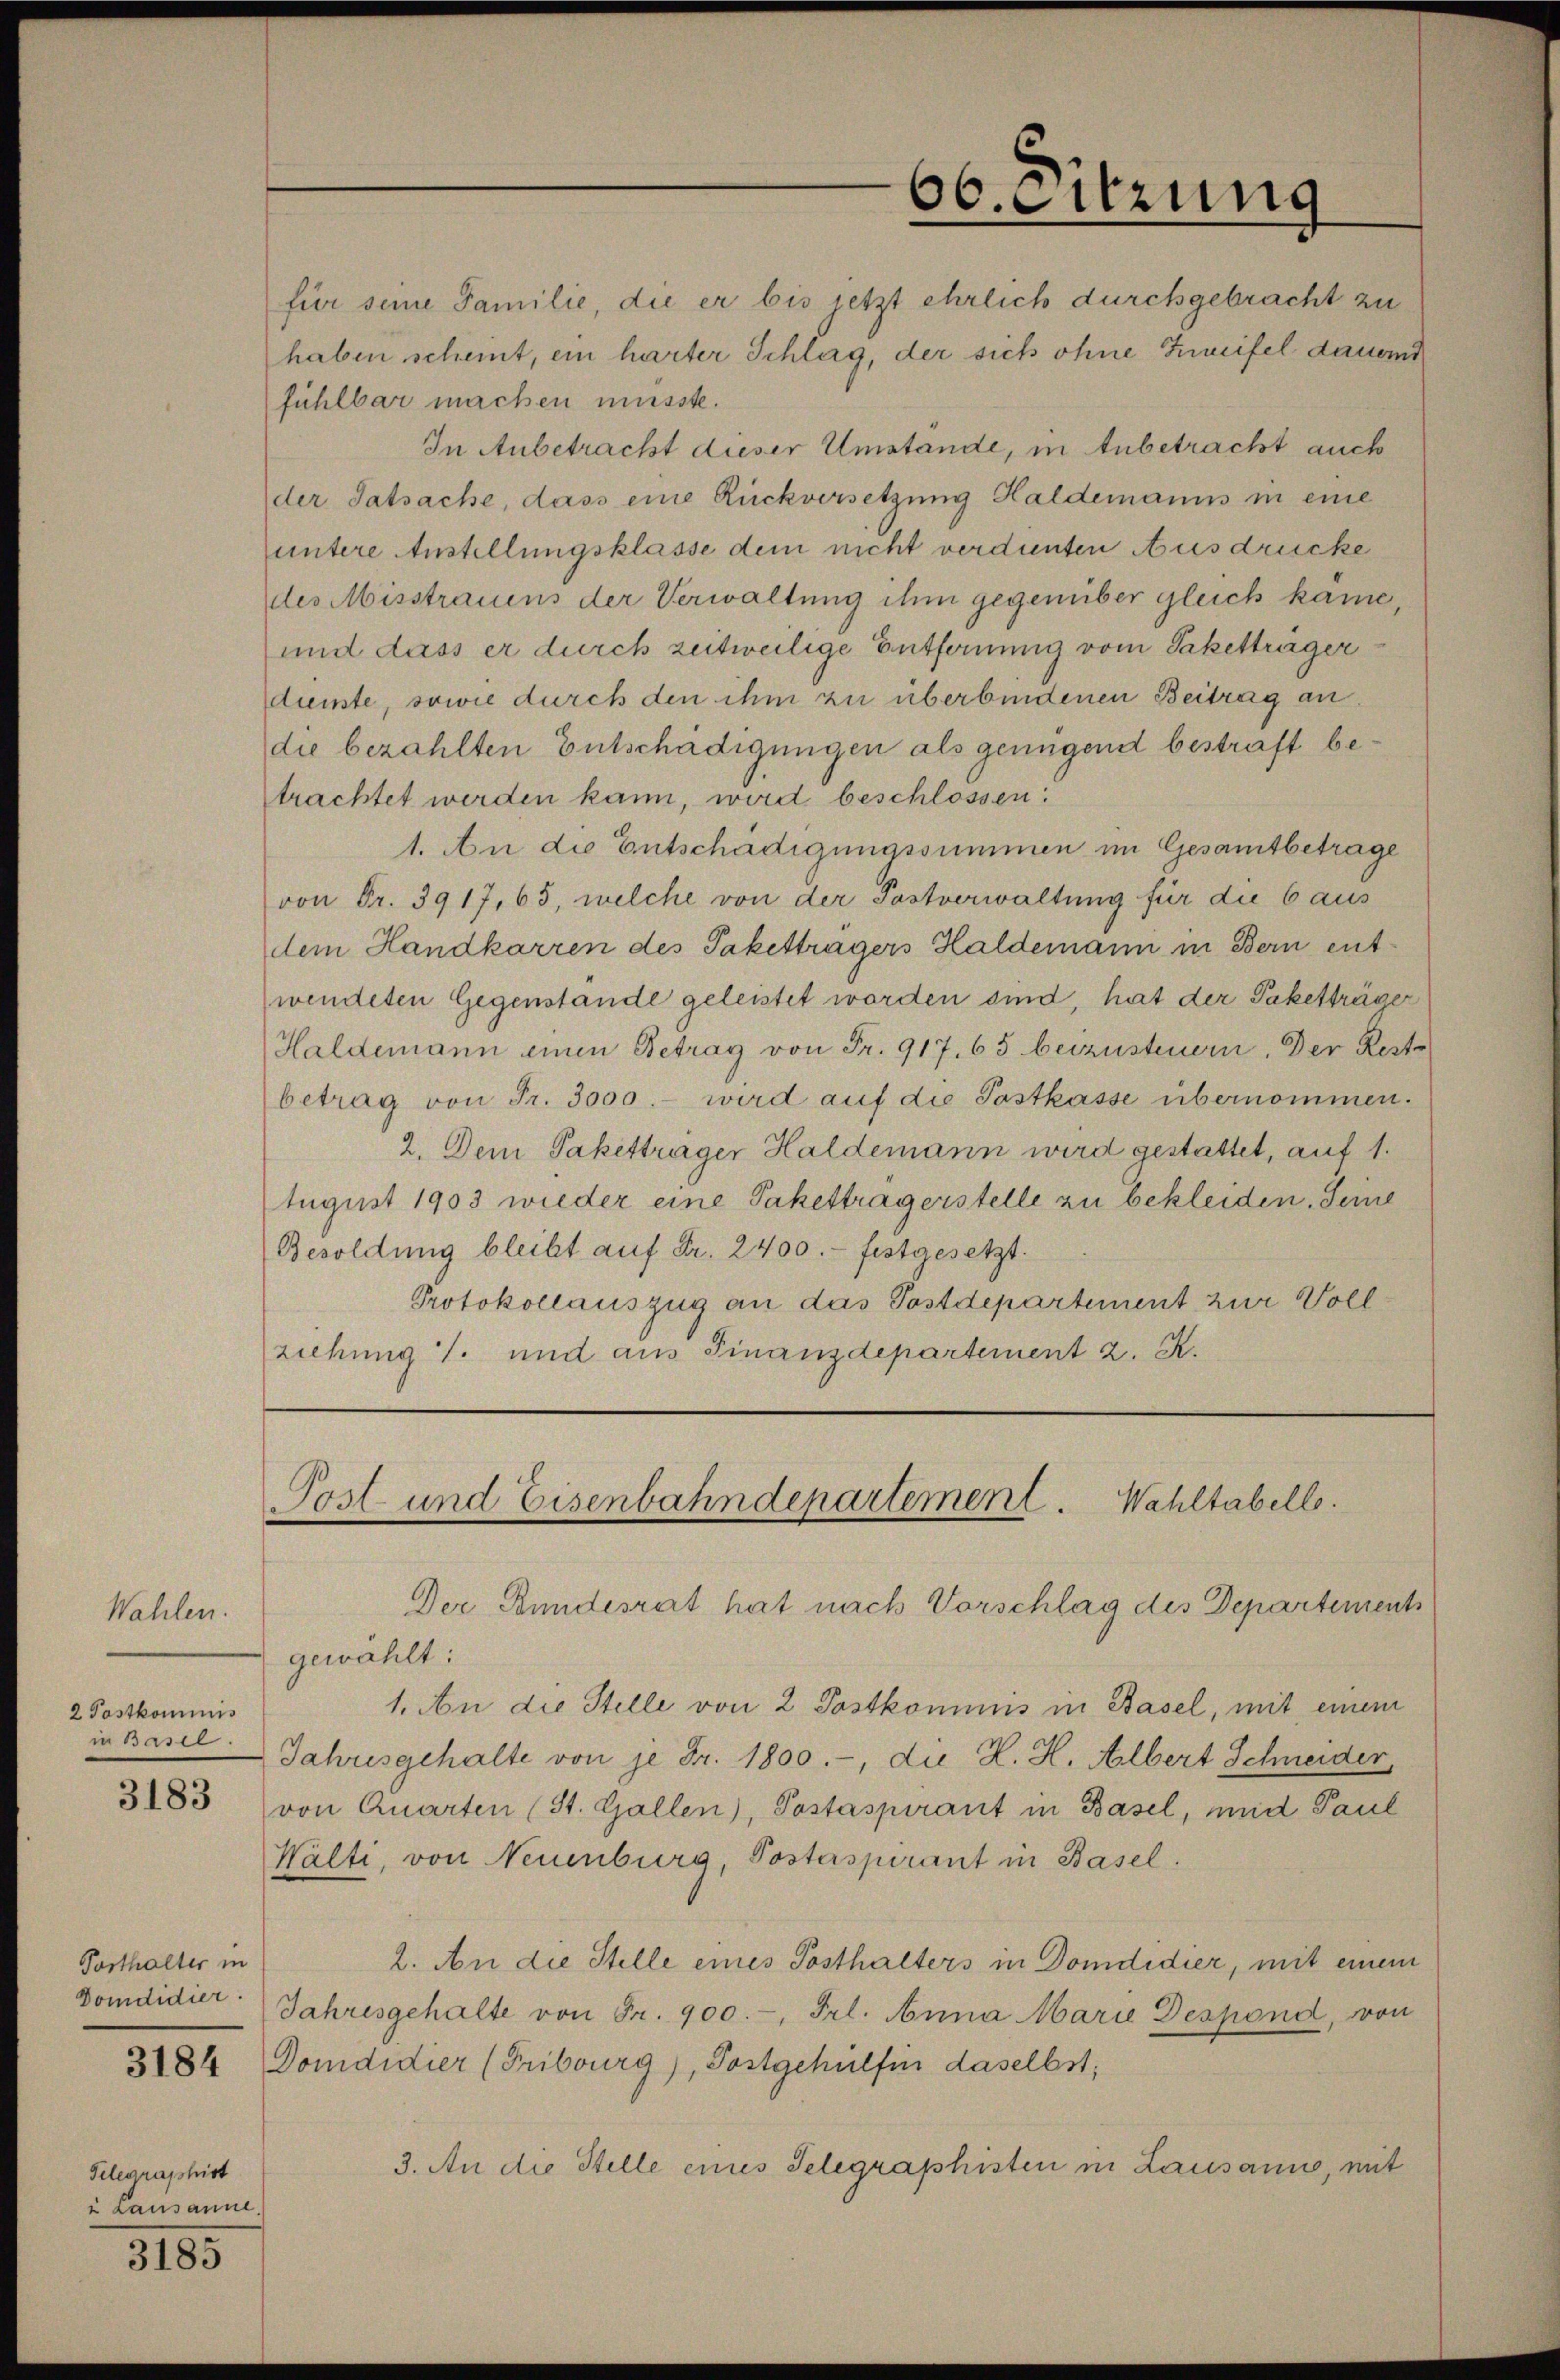
Wahlen.
2 Postkommnis
in Basel

3183

Posthalter in
Domdidier.
3184

Telegraphist
u Lausanne.

3185

66. Sitzung

Post und Eisenbahndepartement. Wahltabello.

für seine Familie, die er bis jetzt ehrlich durchgebracht zu
haben scheint, ein harter Schlag, der sich ohne Zweifel dauernd
fühlbar machen müsste.
In Anbetracht dieser Umstände, in Anbetracht auch
der Tatsache, dass eine Rückversetzung Haldemanns in eine
untere Anstellungsklasse dem nicht verdienten Ausdrücke
des Misstrauens der Verwaltung ihm gegenüber gleich kame,
und dass er durch zeitweilige Entfernung vom Paketträger
dienste, sowie durch den ihm zu überbindenen Beitrag an
die bezahlten Entschädigungen als genügend bestraft betrachtet werden kann, wird beschlossen:
1. An die Entschädigungssummen im Gesamtbetrage
von Fr. 3917,65, welche von der Postverwaltung für die 6 aus
dem Handkarren des Paketträgers Haldemann in Bern ent-
wendeten Gegenstande geleistet worden sind, hat der Paketträger
Haldemann einen Betrag von Fr. 917. 65 beizusteuern. Der Rest
betrag von Fr. 3000.- wird auf die Postkasse übernommen.
2. Dem Paketträger Haldemann wird gestattet, auf 1.
August 1903 wieder eine Pakettragerstelle zu bekleiden, Seine
Besoldung bleibt auf Fr. 2400.- festgesetzt.
Protokollauszug an das Postdepartement zur Voll
ziehung 1. und aus Finanzdepartement z. R.

Der Bundesrat hat nach Vorschlag des Departements
gewählt:
1. An die Stelle von 2 Postkommnis in Basel, mit einem
Jahresgehalte von je Fr. 1800.-, die H. H. Albert Schneider,
von Quarten (St. Gallen), Postaspirant in Basel, und Paul
Wälti, von Neuenburg, Postaspirant in Basel.
2. An die Stelle eines Posthalters in Domdidier, mit einem
Jahresgehalte von Fr. 900.-, Frl. Anna Marie Despond, von
Domdidier (Fribourg), Postgehülfen daselbst,
3. An die Stelle eines Telegraphisten in Lausanno, mit